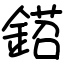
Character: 鍣